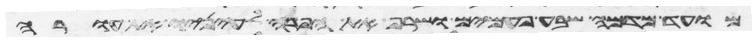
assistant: מועד מדמה שבע פעמים ושרף את הפרה לעיניו את עורה